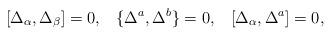
LaTeX: \begin{align*} [\Delta_\alpha,\Delta_\beta]=0, \;\;\; \{\Delta^a,\Delta^b\}=0, \;\;\; [\Delta_\alpha,\Delta^a]=0,\end{align*}